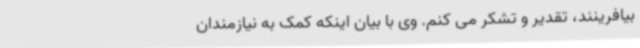
بیافرینند، تقدیر و تشکر می کنم. وی با بیان اینکه کمک به نیازمندان